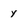
Character: y